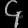
Digit: ၄